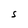
Character: S